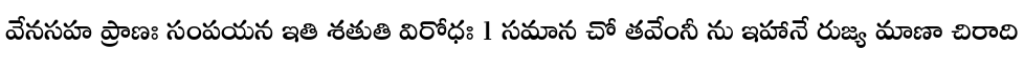
వేనసహ ప్రాణః సంపయన ఇతి శతుతి విరోధః 1 సమాన చో తవేంనీ ను ఇహానే రుజ్య మాణా చిరాది